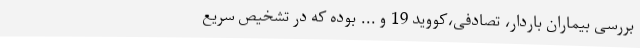
بررسی بیماران باردار، تصادفی،کووید 19 و ... بوده که در تشخیص سریع